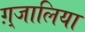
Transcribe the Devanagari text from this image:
ग़्जालिया